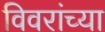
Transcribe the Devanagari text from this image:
विवरांच्या